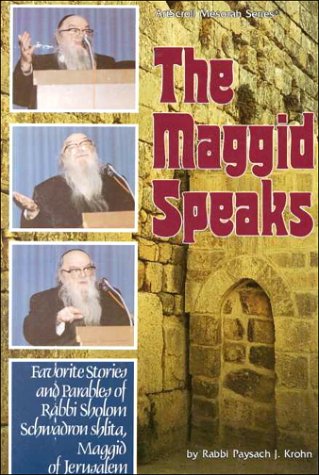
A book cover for Maggid Speaks: Favorite Stories & Parables of Rabbi Sholom Schwadron (Artscroll Series); Paysach J. Krohn; Religion & Spirituality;